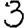
Digit: 3